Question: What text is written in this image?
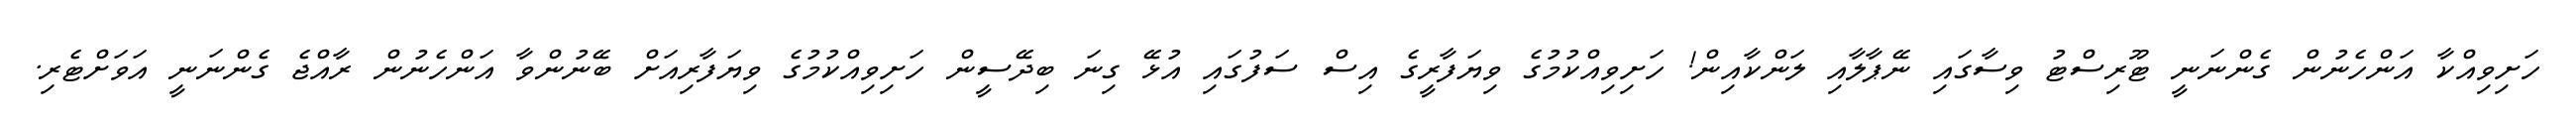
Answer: ހަށިވިއްކާ އަންހެނުން ގެންނަނީ ޓޫރިސްޓު ވިސާގައި ނޭޕާލާއި ލަންކާއިން! ހަށިވިއްކުމުގެ ވިޔަފާރީގެ އިސް ސަފުގައި އުޅޭ ގިނަ ބިދޭސީން ހަށިވިއްކުމުގެ ވިޔަފާރިއަށް ބޭނުންވާ އަންހެނުން ރާއްޖެ ގެންނަނީ އަވަށްޓެރި.